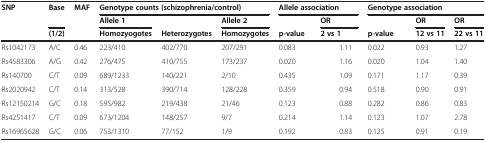
<table><thead><tr><td><b>SNP</b></td><td><b>Base</b></td><td><b>MAF</b></td><td colspan="3"><b>Genotype counts (schizophrenia/control)</b></td><td colspan="3"><b>Allele association</b></td><td colspan="4"><b>Genotype association</b></td></tr><tr><td><b> </b></td><td><b> </b></td><td><b> </b></td><td><b>Allele 1</b></td><td><b> </b></td><td><b>Allele 2</b></td><td><b> </b></td><td colspan="2"><b>OR</b></td><td><b> </b></td><td><b> </b></td><td><b>OR</b></td><td><b>OR</b></td></tr><tr><td><b> </b></td><td><b>(1/2)</b></td><td><b> </b></td><td><b>Homozyogotes</b></td><td><b>Heterozygotes</b></td><td><b>Homozygotes</b></td><td><b>p-value</b></td><td colspan="2"><b>2 vs 1</b></td><td><b>p-value</b></td><td><b> </b></td><td><b>12 vs 11</b></td><td><b>22 vs 11</b></td></tr></thead><tbody><tr><td>Rs1042173</td><td>A/C</td><td>0.46</td><td>223/410</td><td>402/770</td><td>207/291</td><td>0.083</td><td> </td><td>1.11</td><td>0.022</td><td> </td><td>0.93</td><td>1.27</td></tr><tr><td>Rs4583306</td><td>A/G</td><td>0.42</td><td>276/475</td><td>410/755</td><td>173/237</td><td>0.020</td><td> </td><td>1.16</td><td>0.020</td><td> </td><td>1.04</td><td>1.40</td></tr><tr><td>Rs140700</td><td>C/T</td><td>0.09</td><td>689/1233</td><td>140/221</td><td>2/10</td><td>0.435</td><td> </td><td>1.09</td><td>0.171</td><td> </td><td>1.17</td><td>0.39</td></tr><tr><td>Rs2020942</td><td>C/T</td><td>0.14</td><td>313/528</td><td>390/714</td><td>128/228</td><td>0.359</td><td> </td><td>0.94</td><td>0.518</td><td> </td><td>0.90</td><td>0.91</td></tr><tr><td>Rs12150214</td><td>G/C</td><td>0.18</td><td>595/982</td><td>219/438</td><td>21/46</td><td>0.123</td><td> </td><td>0.88</td><td>0.282</td><td> </td><td>0.86</td><td>0.83</td></tr><tr><td>Rs4251417</td><td>C/T</td><td>0.09</td><td>673/1204</td><td>148/257</td><td>9/7</td><td>0.214</td><td> </td><td>1.14</td><td>0.123</td><td> </td><td>1.07</td><td>2.78</td></tr><tr><td>Rs16965628</td><td>G/C</td><td>0.06</td><td>753/1310</td><td>77/152</td><td>1/9</td><td>0.192</td><td> </td><td>0.83</td><td>0.125</td><td> </td><td>0.91</td><td>0.19</td></tr></tbody></table>